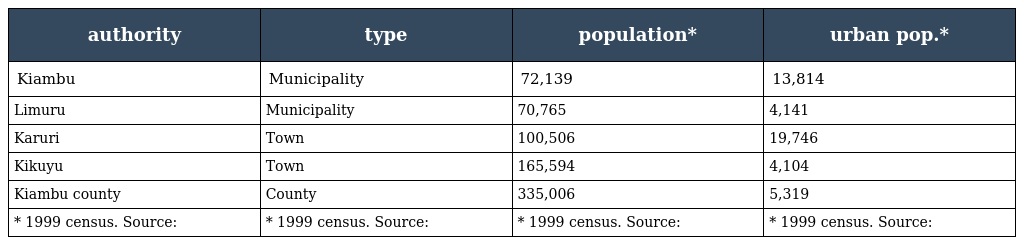
| authority | type | population* | urban pop.* |
 | --- | --- | --- | --- |
 | Kiambu | Municipality | 72,139 | 13,814 |
 | Limuru | Municipality | 70,765 | 4,141 |
 | Karuri | Town | 100,506 | 19,746 |
 | Kikuyu | Town | 165,594 | 4,104 |
 | Kiambu county | County | 335,006 | 5,319 |
 | * 1999 census. Source: | * 1999 census. Source: | * 1999 census. Source: | * 1999 census. Source: |